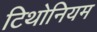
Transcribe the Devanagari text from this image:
टिथोनियम